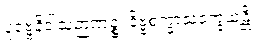
ပုဗ္ဗေနိဝါသဉာဏဉ္စ၊ ဒိဗ္ဗစက္ခာသဝက္ခယန္တိ။